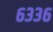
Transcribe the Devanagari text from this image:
६३३६